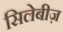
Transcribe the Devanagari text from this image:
सिलेबीज़